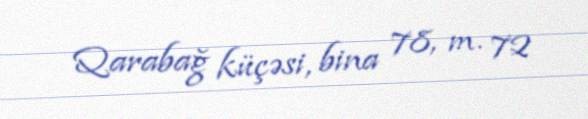
Qarabağ küçəsi, bina 78, m. 72